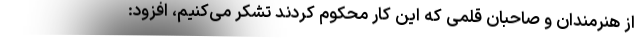
از هنرمندان و صاحبان قلمی که این کار محکوم کردند تشکر می‌کنیم، افزود: